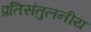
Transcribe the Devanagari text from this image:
प्रतिसंतुलनीय